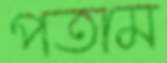
পতাম